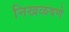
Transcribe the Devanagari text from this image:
निखळवणे